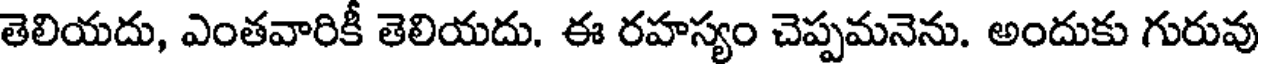
తెలియదు, ఎంతవారికీ తెలియదు. ఈ రహస్యం చెప్పమనెను. అందుకు గురువు